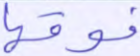
فوقها